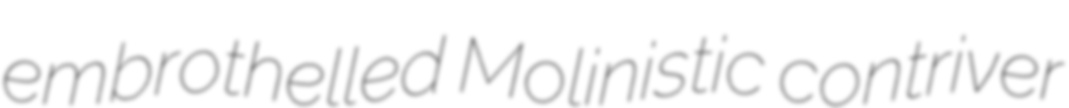
embrothelled Molinistic contriver